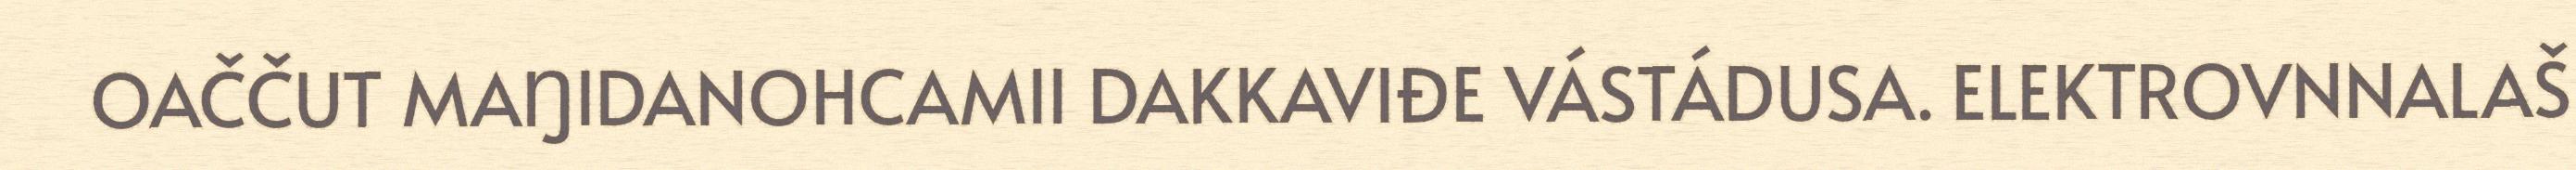
OAČČUT MAŊIDANOHCAMII DAKKAVIĐE VÁSTÁDUSA. ELEKTROVNNALAŠ